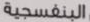
البنفسجية